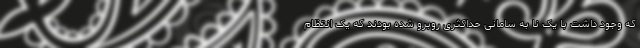
که وجود داشت با یک نا به سامانی حداکثری روبرو شده بودند که یک انتظام